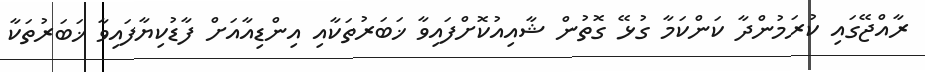
ރާއްޖޭގައި ކުރަމުންދާ ކަންކަމާ ގުޅޭ ގޮތުން ޝާއިއުކޮށްފައިވާ ޚަބަރުތަކާއި އިންޑިއާއަށް ފާޑުކިޔާފައިވާ ޚަބަރުތަކާ